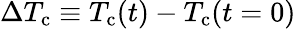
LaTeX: \Delta T_{\mathrm{c}}\equiv{T_{\mathrm{c}}(t)-T_{\mathrm{c}}(t=0)}